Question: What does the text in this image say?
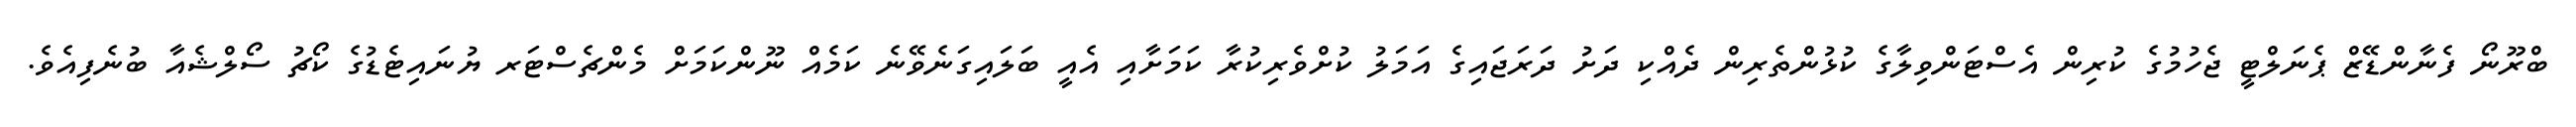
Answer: ބްރޫނޯ ފެނާންޑޭޒް ޕެނަލްޓީ ޖެހުމުގެ ކުރިން އެސްޓަންވިލާގެ ކުޅުންތެރިން ދެއްކި ދަށު ދަރަޖައިގެ އަމަލު ކުށްވެރިކުރާ ކަމަށާއި އެއީ ބަލައިގަނެވޭނެ ކަމެއް ނޫންކަމަށް މެންޗެސްޓަރ ޔުނައިޓެޑުގެ ކޯޗު ސޯލްޝެއާ ބުނެފިއެވެ.